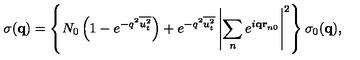
\sigma ( { \bf q } ) = \left\{ N _ { 0 } \left( 1 - e ^ { - q ^ { 2 } \overline { { u _ { t } ^ { 2 } } } } \right) + e ^ { - q ^ { 2 } \overline { { u _ { t } ^ { 2 } } } } \left| \sum _ { n } e ^ { i { \bf q r } _ { n 0 } } \right| ^ { 2 } \right\} \sigma _ { 0 } ( { \bf q } ) ,